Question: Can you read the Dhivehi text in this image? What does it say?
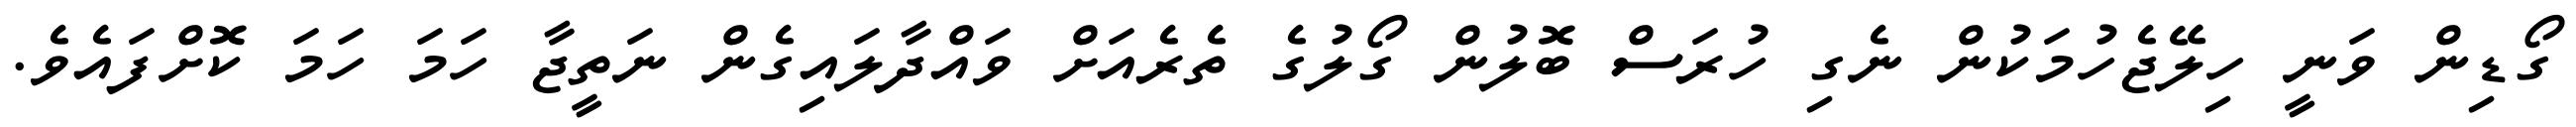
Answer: ގޯޑިން ވަނީ ހިލޭޖެހުމަކުން ނެގި ހުރަސް ބޮލުން ގޯލުގެ ތެރެއަށް ވައްދާލައިގެން ނަތީޖާ ހަމަ ހަމަ ކޮށްފައެވެ.